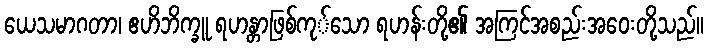
ယေသမာဂတာ၊ ဧဟိဘိက္ခူ ရဟန္တာဖြစ်ကု်သော ရဟန်းတို့၏ အကြင်အစည်းအဝေးတို့သည်။